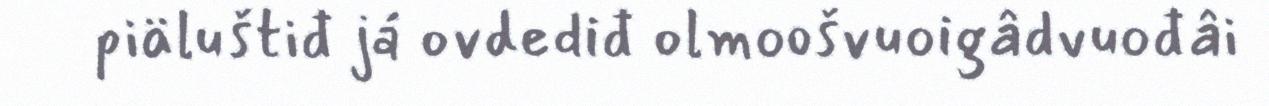
piäluštiđ já ovdediđ olmoošvuoigâdvuođâi